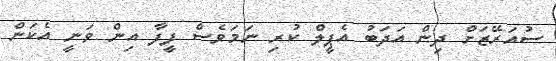
ސުއަރޭޒަށް ދިން އަދަބު އެޕީލް ކުރި ނަމަވެސް ފީފާ އިން ވަނީ އެކަން